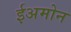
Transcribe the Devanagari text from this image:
ईअमोन